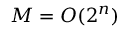
M = { \cal { O } } ( 2 ^ { n } )